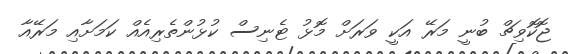
ޖޮކޮވިޗް ބުނީ މަރޭ އަކީ ވަރަށް މޮޅު ޓެނިސް ކުޅުންތެރިއެއް ކަަމަށާއި މަރޭއާ